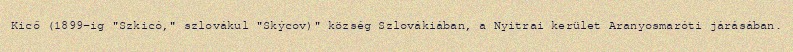
Kicő (1899-ig "Szkicó," szlovákul "Skýcov)" község Szlovákiában, a Nyitrai kerület Aranyosmaróti járásában.